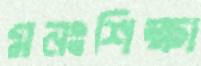
মনঃশিক্ষা